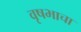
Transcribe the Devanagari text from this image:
वृषभाचा